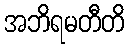
အဘိရမတီတိ